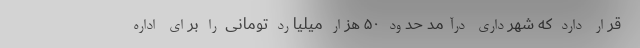
قرار دارد که شهرداری درآمد حدود ۵۰ هزار میلیارد تومانی را برای اداره